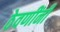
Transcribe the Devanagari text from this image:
ठेवणींनी